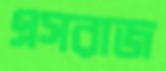
এসরাজ